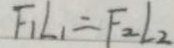
F _ { 1 } L _ { 1 } = F _ { 2 } L _ { 2 }